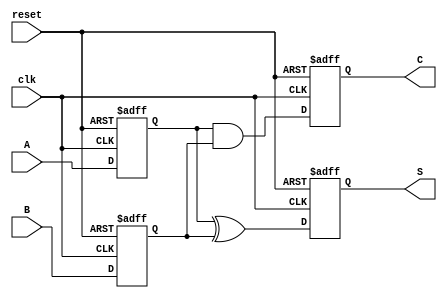
module SequentialHalfAdder (
    input wire clk,     // Clock signal
    input wire reset,   // Reset signal
    input wire A,       // First input bit
    input wire B,       // Second input bit
    output reg S,       // Sum output
    output reg C        // Carry output
);

    // Internal state registers to hold the inputs
    reg A_reg;
    reg B_reg;

    // Always block to capture inputs on the rising edge of the clock
    always @(posedge clk or posedge reset) begin
        if (reset) begin
            // Reset the state registers and outputs
            A_reg <= 1'b0;
            B_reg <= 1'b0;
            S <= 1'b0;
            C <= 1'b0;
        end else begin
            // Store the current inputs
            A_reg <= A;
            B_reg <= B;

            // Compute the outputs based on the stored inputs
            S <= A_reg ^ B_reg; // Sum: A XOR B
            C <= A_reg & B_reg; // Carry: A AND B
        end
    end

endmodule